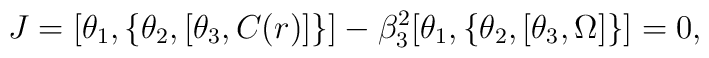
J=[\theta_1,\{\theta_2,[\theta_3,C(r)]\}]-\beta_{3}^2[\theta_1,\{\theta_2,[\theta_3,\Omega]\}]=0,